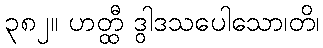
၃၈၂။ ဟတ္ထီ ဒွါဒသပေါသော၊တိ၊